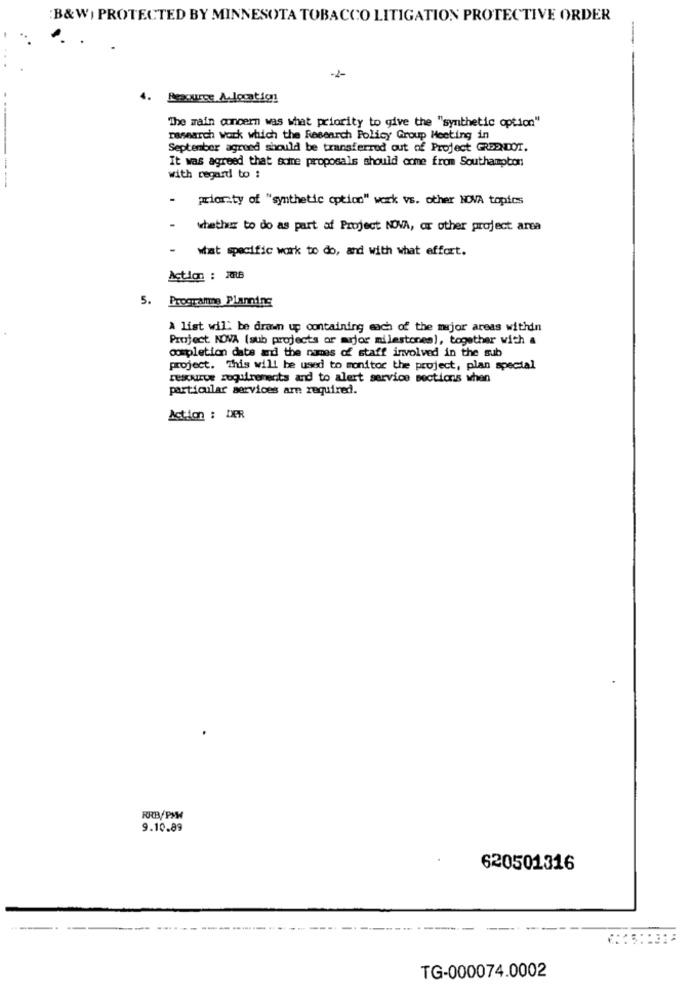
:B&W) PROTECTED BY MINNESOTA TOBACCO LITIGATION PROTECTIVE ORDER
-
-1-
4. Roource Alocatig!
The main concern was what priority to give the "synthetic option"
research Work which the Research Policy Group Meeting in
September agreed should be transferred out of Project GREENDOT.
It was agreed that some proposals should come from Southampton
with regard to :
-
priority of "synthetic option" work vs. other NOVA topics
whether to do as part af Project NOVA, or other project area
what specific work to do, and with what effort.
Action : ARB
5. Programme Planning
A list wil: be drawn up containing each of the major areas within
Project NOVA (sub projects or mejor milestones), together with a
completion date and the names of staff involved in the sub
project. This will be used to monitor the project, plan special
resource requirements and to alert service sections when
particular services are required.
Action : DER
RRB/PMW
9.10.89
620501316
TG-000074.0002